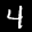
Label: 4